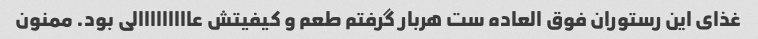
غذای این رستوران فوق العاده ست هربار گرفتم طعم و کیفیتش عااااااااالی بود. ممنون